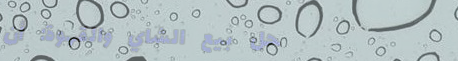
محل بيع الشاي والقهوة: أن